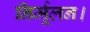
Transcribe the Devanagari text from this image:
निर्मूलन।